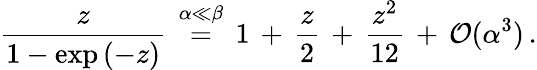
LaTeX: \frac{z}{1-\exp{(-z)}}\, \stackrel{\alpha\ll\beta}{=}\, 1\, +\, \frac{z}{2}\, +\, \frac{z^{2}}{12}\, +\, {\cal{O}}(\alpha^{3})\, .